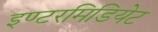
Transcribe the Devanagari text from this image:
इण्टरमिडियेट